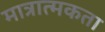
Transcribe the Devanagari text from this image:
मात्रात्मकता